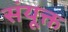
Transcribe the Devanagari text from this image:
संयूक्त